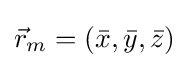
{\vec {r}}_{m}=({\bar {x}},{\bar {y}},{\bar {z}})